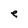
Character: e